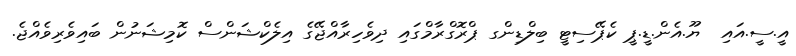
އީ.ސީ.އައި  ޔޫ.އެން.ޑީ.ޕީ ކެޕޭސިޓީ ބިލްޑިންގ ޕްރޮގްރާމްގައި ދިވެހިރާއްޖޭގެ އިލެކްޝަންސް ކޮމިޝަނުން ބައިވެރިވެއްޖެ.